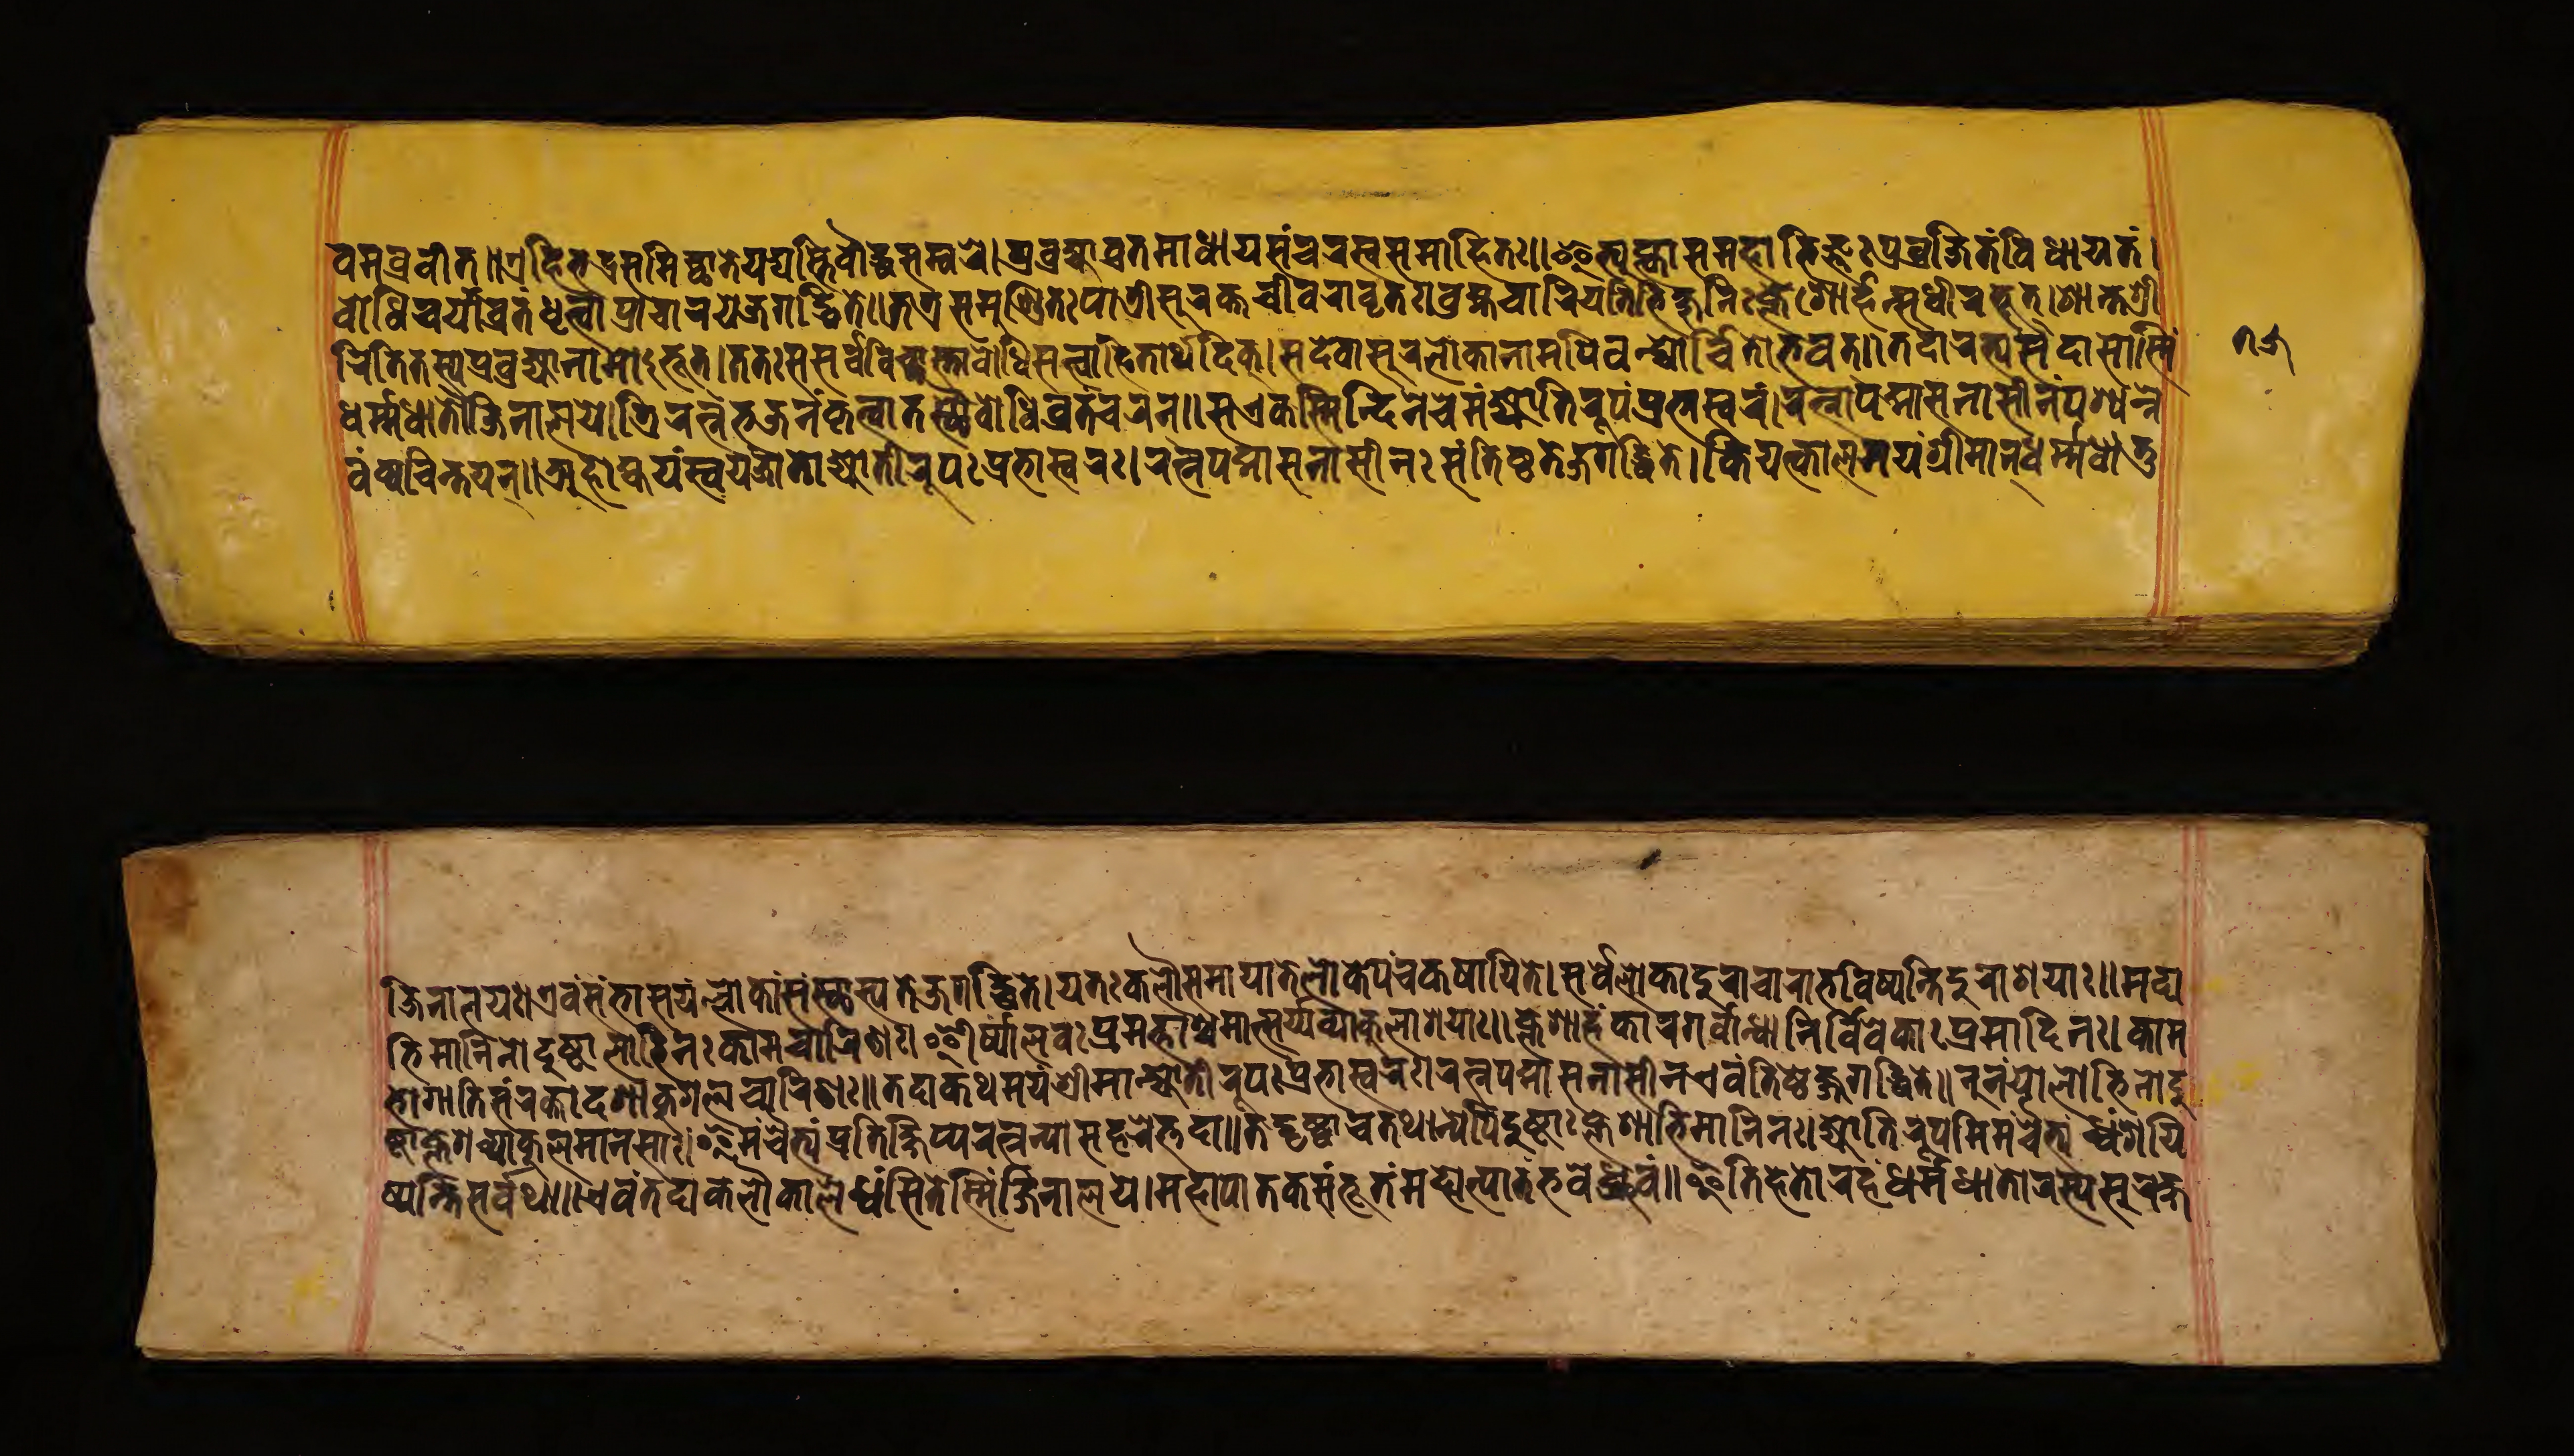
𑐰𑐩𑐧𑑂𑐬𑐰𑐷𑐟𑑂𑑌𑐊𑐴𑐶𑐨𑐡𑑂𑐬𑐳𑐩𑐷𑐔𑑂𑐕𑐵𑐟𑐾𑐫𑐡𑑂𑐫𑐳𑑂𑐟𑐶𑐧𑑁𑐡𑑂𑐢𑐳𑐩𑑂𑐧𑐬𑐾𑑋𑐥𑑂𑐬𑐰𑐖𑑂𑐫𑐵𑐰𑑂𑐬𑐟𑐩𑐵𑐢𑐵𑐫𑐳𑑄𑐔𑐬𑐳𑑂𑐰𑐳𑐩𑐵𑐴𑐶𑐟𑑅𑑌𑐂𑐟𑑂𑐫𑐸𑐎𑑂𑐟𑑂𑐰𑐵𑐳𑐩𑐴𑐵𑐨𑐶𑐖𑑂𑐘𑑅𑐥𑑂𑐬𑐰𑑂𑐬𑐖𑐶𑐟𑑄𑐰𑐶𑐢𑐵𑐫𑐟𑑄𑑋 𑐧𑑀𑐢𑐶𑐔𑐬𑑂𑐫𑐵𑐰𑑂𑐬𑐟𑑄𑐡𑐟𑑂𑐰𑐵𑐥𑑂𑐬𑐔𑐵𑐬𑐫𑐾𑐖𑑂𑐖𑐐𑐡𑑂𑐢𑐶𑐟𑐾𑑌𑐟𑐟𑑂𑐬𑐳𑐩𑐸𑐞𑑂𑐜𑐶𑐟𑐥𑐵𑐟𑑂𑐬𑐷𑐳𑐸𑐬𑐎𑑂𑐟𑐔𑐷𑐰𑐬𑐵𑐰𑐺𑐟𑑅𑑋𑐧𑑂𑐬𑐴𑑂𑐩𑐔𑐵𑐬𑐷𑐫𑐟𑐶𑐬𑑂𑐨𑐶𑐎𑑂𑐲𑐸𑐣𑐶𑑅𑐎𑑂𑐮𑐾𑐱𑑀𑐬𑑂𑐴𑐣𑑂𑐳𑐸𑐢𑐷𑐬𑐨𑐹𑐟𑑂𑑋𑐱𑐵𑐣𑑂𑐟𑐱𑑂𑐬𑐷 𑐬𑐶𑐟𑐶𑐟𑐳𑑂𑐫𑐥𑑂𑐬𑐧𑐸𑐡𑑂𑐫𑐵𑐣𑐵𑐩𑑀𑐨𑐹𑐟𑑂𑑋𑐟𑐟𑑅𑐳𑐳𑐬𑑂𑐰𑐰𑐶𑐔𑑂𑐕𑐵𑐳𑑂𑐟𑐵𑐧𑑀𑐢𑐶𑐳𑐟𑑂𑐟𑑂𑐰𑐵𑐴𑐶𑐟𑐵𑐬𑑂𑐠𑐡𑐶𑐎𑑂𑑋𑐳𑐡𑐾𑐰𑐵𑐳𑐸𑐬𑐮𑑀𑐎𑐵𑐣𑐵𑐩𑐥𑐶𑐰𑐣𑑂𑐡𑑂𑐫𑐵𑐬𑑂𑐔𑐶𑐟𑑀𑐨𑐰𑐟𑑂𑑌𑐟𑐡𑐵𑐬𑐨𑑂𑐫𑐳𑐡𑐵𑐳𑑀𑐳𑑂𑐩𑐶𑑄 𑐢𑐬𑑂𑐩𑐢𑐵𑐟𑑀𑐖𑐶𑐣𑐵𑐮𑐫𑐾𑑋𑐟𑑂𑐬𑐶𑐬𑐟𑑂𑐣𑐨𑐖𑐣𑑄𑐎𑐺𑐟𑑂𑐰𑐵𑐟𑐳𑑂𑐠𑑁𑐧𑑀𑐢𑐶𑐰𑑂𑐬𑐟𑑄𑐔𑐬𑐣𑑂𑑌𑐳𑐊𑐎𑐳𑑂𑐩𑐶𑐣𑑂𑐡𑐶𑐣𑐾𑐔𑐾𑐩𑑄𑐖𑑂𑐫𑑀𑐟𑐷𑐬𑐹𑐥𑑄𑐥𑑂𑐬𑐨𑐵𑐳𑑂𑐰𑐬𑑄𑑋𑐬𑐟𑑂𑐣𑐥𑐡𑑂𑐩𑐵𑐳𑐣𑐵𑐳𑐷𑐣𑑄𑐥𑐱𑑂𑐫𑐣𑑂𑐣𑐾 𑐰𑑄𑐰𑑂𑐫𑐔𑐶𑐣𑑂𑐟𑐫𑐾𑐟𑑂𑑌𑐀𑐴𑑀𑐴𑑂𑐫𑐫𑑄𑐳𑑂𑐰𑐫𑑄𑐖𑐵𑐟𑑀𑐖𑑂𑐫𑑀𑐟𑐶𑐬𑐹𑐥𑑀𑐥𑑂𑐬𑐨𑐵𑐳𑑂𑐰𑐬𑑅𑑋𑐬𑐟𑑂𑐣𑐥𑐡𑑂𑐩𑐵𑐳𑐣𑐵𑐳𑐷𑐣𑑅𑐳𑑄𑐟𑐶𑐲𑑂𑐛𑐟𑐾𑐖𑐐𑐡𑑂𑐢𑐶𑐟𑐾𑑋𑐎𑐶𑐫𑐟𑑂𑐎𑐵𑐮𑐩𑐫𑑄𑐱𑑂𑐬𑐷𑐩𑐵𑐣𑑂𑐢𑐬𑑂𑐩𑑂𑐩𑐢𑐵𑐟𑐸 𑐬𑑂𑐖𑐶𑐣𑐵𑐮𑐫𑑅𑑋𑐊𑐰𑑄𑐳𑑄𑐨𑐵𑐲𑐫𑐣𑑂𑐮𑑀𑐎𑐵𑐣𑑂𑐳𑑄𑐳𑑂𑐠𑐵𑐳𑑂𑐫𑐟𑐾𑐖𑐐𑐡𑑂𑐢𑐶𑐟𑐾𑑋𑐫𑐟𑑅𑐎𑐮𑑁𑐳𑐩𑐫𑐵𑐟𑐾𑐮𑑀𑐎𑐥𑐘𑑂𑐔𑐎𑐲𑐵𑐫𑐶𑐟𑐾𑑋𑐳𑐬𑑂𑐰𑐾𑐮𑑀𑐎𑐵𑐡𑐸𑐬𑐵𑐔𑐵𑐬𑐵𑐨𑐰𑐶𑐲𑑂𑐫𑐣𑑂𑐟𑐶𑐡𑐸𑐬𑐵𑐱𑐫𑐵𑑅𑑌𑐩𑐡𑐵 𑐨𑐶𑐩𑐵𑐣𑐶𑐣𑑀𑐡𑐸𑐲𑑂𑐚𑐵𑐮𑑀𑐨𑐶𑐣𑑅𑐎𑐵𑐩𑐔𑐵𑐬𑐶𑐞𑑅𑑋𑐃𑐬𑑂𑐲𑑂𑐫𑐵𑐮𑐰𑑅𑐥𑑂𑐬𑐩𑐟𑑂𑐟𑐵𑐱𑑂𑐔𑐩𑐵𑐟𑑂𑐳𑐬𑑂𑐫𑐰𑑂𑐫𑐵𑐎𑐸𑐮𑐵𑐱𑐫𑐵𑑅𑑌𑐎𑑂𑐮𑐾𑐱𑐵𑐴𑑄𑐎𑐵𑐬𑐐𑐬𑑂𑐰𑐵𑐣𑑂𑐢𑐵𑐣𑐶𑐬𑑂𑐰𑐶𑐰𑐾𑐎𑐵𑑅𑐥𑑂𑐬𑐩𑐵𑐡𑐶𑐣𑑅𑑋𑐎𑐵𑐩 𑐨𑑀𑐐𑐵𑐟𑐶𑐳𑑄𑐬𑐎𑑂𑐟𑐵𑐡𑐱𑐵𑐎𑐸𑐱𑐮𑐔𑐵𑐬𑐶𑐞𑑅𑑌𑐟𑐡𑐵𑐎𑐠𑐩𑐫𑑄𑐱𑑂𑐬𑐷𑐩𑐵𑐣𑑂𑐖𑑂𑐫𑑀𑐟𑐷𑐬𑐹𑐥𑑅𑐥𑑂𑐬𑐨𑐵𑐳𑑂𑐰𑐬𑑅𑑋𑐬𑐟𑑂𑐣𑐥𑐡𑑂𑐩𑐵𑐳𑐣𑐵𑐳𑐷𑐣𑐊𑐰𑑄𑐟𑐶𑐲𑑂𑐛𑐾𑐖𑑂𑐖𑐐𑐡𑑂𑐢𑐶𑐟𑐾𑑌𑐣𑐹𑐣𑑄𑐫𑐾𑐮𑑀𑐨𑐶𑐣𑑀𑐡𑐸 𑐲𑑂𑐚𑐵𑑅𑐎𑑂𑐮𑐾𑐱𑐰𑑂𑐫𑐵𑐎𑐸𑐮𑐩𑐵𑐣𑐳𑐵𑑅𑑋𑐂𑐩𑑄𑐔𑐿𑐟𑑂𑐫𑑄𑐥𑑂𑐬𑐟𑐶𑐎𑑂𑐲𑐶𑐥𑑂𑐫𑐬𑐟𑑂𑐣𑐵𑐣𑐶𑐳𑑄𑐴𑐬𑐾𑐟𑑂𑐟𑐡𑐵𑑌𑐡𑐸𑐲𑑂𑐚𑐵𑐔𑐟𑐠𑐵𑐣𑑂𑐫𑐾𑐥𑐶𑐡𑐸𑐲𑑂𑐚𑐵𑑅𑐎𑑂𑐮𑐾𑐱𑐵𑐨𑐶𑐩𑐵𑐣𑐶𑐣𑑅𑑋𑐖𑑂𑐫𑑀𑐟𑐷𑐬𑐹𑐥𑐩𑐶𑐩𑑄𑐔𑐿𑐟𑑂𑐫𑑄𑐢𑑂𑐰𑑄𑐳𑐫𑐶 𑐲𑑂𑐫𑐣𑑂𑐟𑐶𑐳𑐬𑑂𑐰𑐠𑐵𑑌𑐊𑐰𑑄𑐟𑐡𑐵𑐎𑐮𑑁𑐎𑐵𑐮𑐾𑐢𑑂𑐰𑑄𑐳𑐶𑐟𑐾𑐳𑑂𑐩𑐶𑐣𑑂𑐖𑐶𑐣𑐵𑐮𑐫𑐾𑑋𑐩𑐴𑐵𑐥𑐵𑐟𑐎𑐳𑑄𑐨𑐹𑐟𑑄𑐩𑐴𑑀𑐟𑑂𑐥𑐵𑐟𑑄𑐨𑐰𑐾𑐡𑑂𑐢𑑂𑐬𑐸𑐰𑑄𑑌𑐂𑐟𑐶𑐴𑐾𑐟𑑀𑐬𑐴𑑄𑐢𑐬𑑂𑐩𑐢𑐵𑐟𑑀𑐬𑐳𑑂𑐫𑐳𑐸𑐬𑐎𑑂𑐲 𑑗𑑕